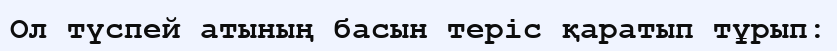
Ол түспей атының басын теріс қаратып тұрып: